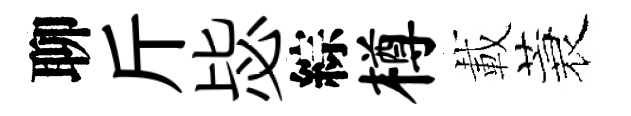
聊斤毖綜樽載蓑